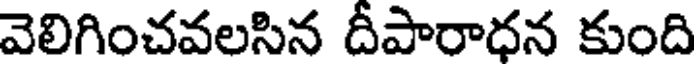
వెలిగించవలసిన దీపారాధన కుంది